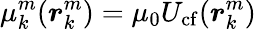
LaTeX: \mu_{k}^{m}(\boldsymbol{r}_{k}^{m})=\mu_{0}U_{\mathrm{cf}}(\boldsymbol{r}_{k}^{m})